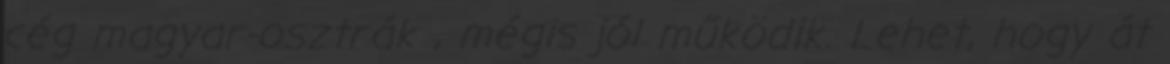
cég magyar-osztrák , mégis jól működik. Lehet, hogy át